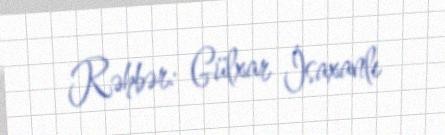
Rəhbər: Gülxar İsaxanlı